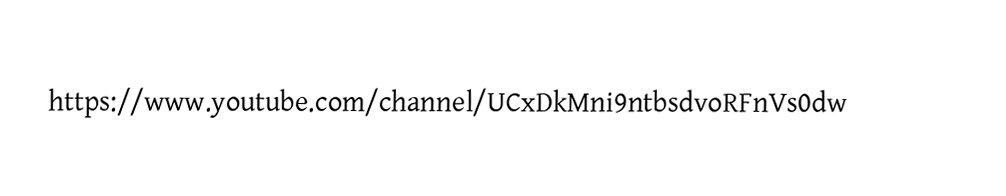
https://www.youtube.com/channel/UCxDkMni9ntbsdvoRFnVs0dw